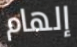
إلهام